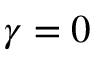
\gamma = 0